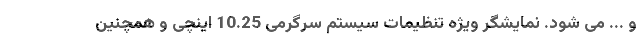
و ... می شود. نمایشگر ویژه تنظیمات سیستم سرگرمی 10.25 اینچی و همچنین